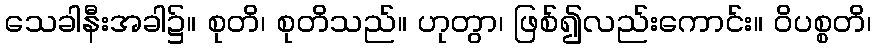
သေခါနီးအခါ၌။ စုတိ၊ စုတိသည်။ ဟုတွာ၊ ဖြစ်၍လည်းကောင်း။ ဝိပစ္စတိ၊